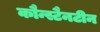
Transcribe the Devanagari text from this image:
कौन्स्टैनटीन